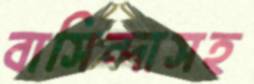
বাসিন্দাসহ